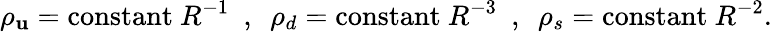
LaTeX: \rho_{\mathbf{u}}=\mathrm{{constant~}}R^{-1}~~,~~\rho_{d}=\mathrm{{constant~}}R^{-3}~~,~~\rho_{s}=\mathrm{{constant~}}R^{-2}.